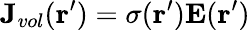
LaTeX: \mathbf{J}_{vol}(\mathbf{r}^{\prime})=\sigma(\mathbf{r}^{\prime})\mathbf{E}(\mathbf{r}^{\prime})